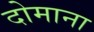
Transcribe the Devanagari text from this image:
दोमाना